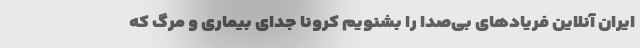
ایران آنلاین فریادهای بی‌صدا را بشنویم کرونا جدای بیماری و مرگ که